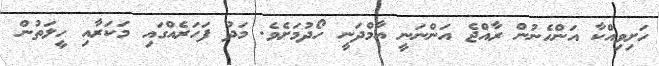
ހަށިވިއްކާ އަންހެނުން ރާއްޖެ އަންނަނީ އާމްދަނީ ހޯދުމަށެވެ. މަދު ފަހަރެއްގައި މަކަރާއި ހީލަތުން